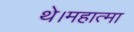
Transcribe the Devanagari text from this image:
थे।महात्मा